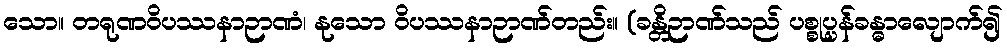
သော။ တရုဏဝိပဿနာဉာဏံ၊ နုသော ဝိပဿနာဉာဏ်တည်း။ (ခန္တိဉာဏ်သည် ပစ္စုပ္ပန်ခန္ဓာလျောက်၍